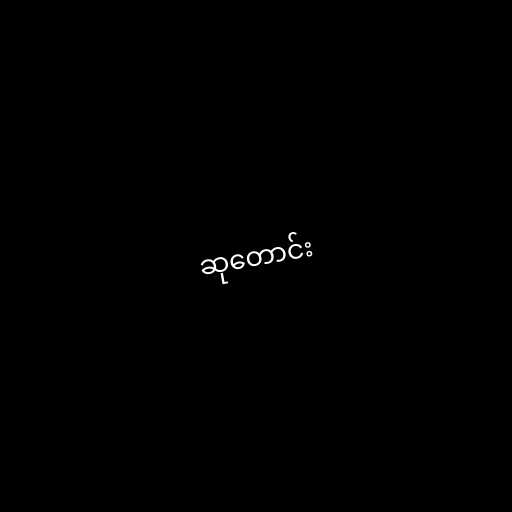
ဆုတောင်း